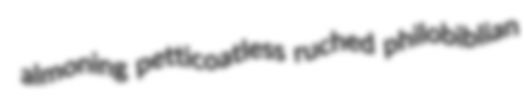
almoning petticoatless ruched philobiblian